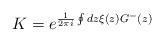
LaTeX: \begin{align*}K=e^{\frac{1}{2\pi i}\oint dz \xi(z) G^-(z)}\end{align*}